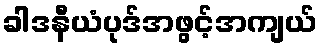
ခါဒနီယံပုဒ်အဖွင့်အကျယ်